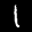
Label: 1